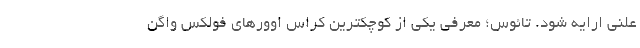
علنی ارایه شود. تائوس؛ معرفی یکی از کوچکترین کراس اوورهای فولکس واگن